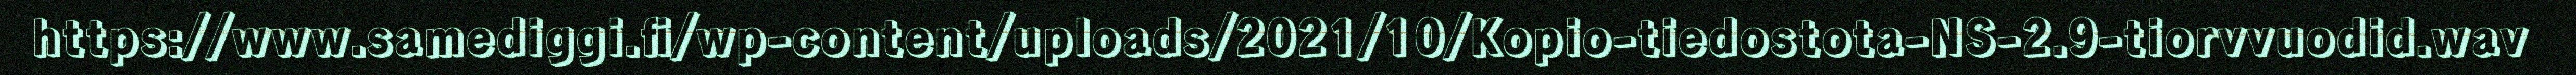
https://www.samediggi.fi/wp-content/uploads/2021/10/Kopio-tiedostota-NS-2.9-tiorvvuodid.wav